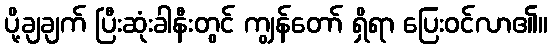
ပို့ချချက် ပြီးဆုံးခါနီးတွင် ကျွန်တော် ရှိရာ ပြေးဝင်လာ၏။